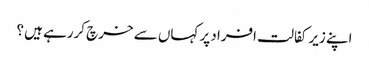
اپنے زیر کفالت افراد پر کہاں سے خرچ کررہے ہیں ؟